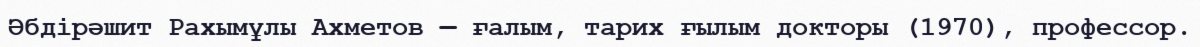
Әбдірәшит Рахымұлы Ахметов — ғалым, тарих ғылым докторы (1970), профессор.